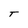
Character: T